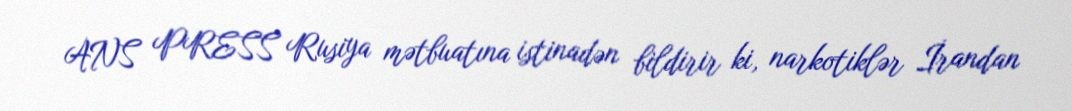
ANS PRESS Rusiya mətbuatına istinadən bildirir ki, narkotiklər İrandan